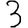
Digit: 3